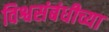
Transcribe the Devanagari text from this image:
विश्वसंबंधीच्या